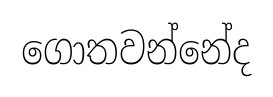
ගොතවන්නේද